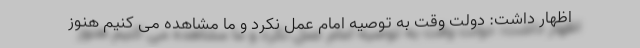
اظهار داشت: دولت وقت به توصیه امام عمل نکرد و ما مشاهده می کنیم هنوز